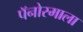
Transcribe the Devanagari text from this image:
पॅनोरमाला